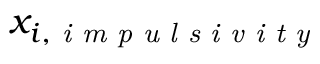
x _ { i , \textit { i m p u l s i v i t y } }